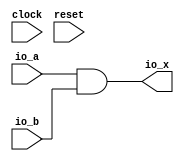
module Trivial(
  input   clock,
  input   reset,
  input   io_a,
  input   io_b,
  output  io_x
);
  assign io_x = io_a & io_b; // @[Trivial.scala 14:8]
endmodule